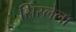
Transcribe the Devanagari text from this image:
सिस्लेला